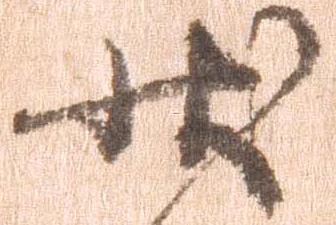
状